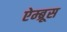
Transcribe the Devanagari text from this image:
ऐम्ब्रूस